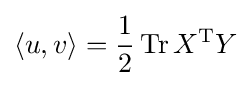
\langle u,v\rangle ={\frac {1}{2}}\operatorname {Tr} X^{\mathrm {T} }Y